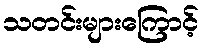
သတင်းများကြောင့်